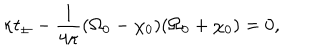
\kappa t _ { \pm } - \frac { 1 } { 4 \kappa } ( \Omega _ { 0 } - \chi _ { 0 } ) ( \Omega _ { 0 } + \chi _ { 0 } ) = 0 ,